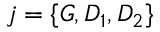
j = \{ G , D _ { 1 } , D _ { 2 } \}